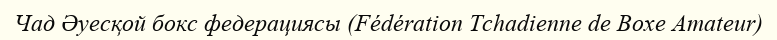
Чад Әуесқой бокс федерациясы (Fédération Tchadienne de Boxe Amateur)